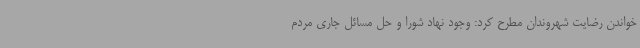
خواندن رضایت شهروندان مطرح کرد: وجود نهاد شورا و حل مسائل جاری مردم